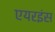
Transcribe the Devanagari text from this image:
एयरइंस